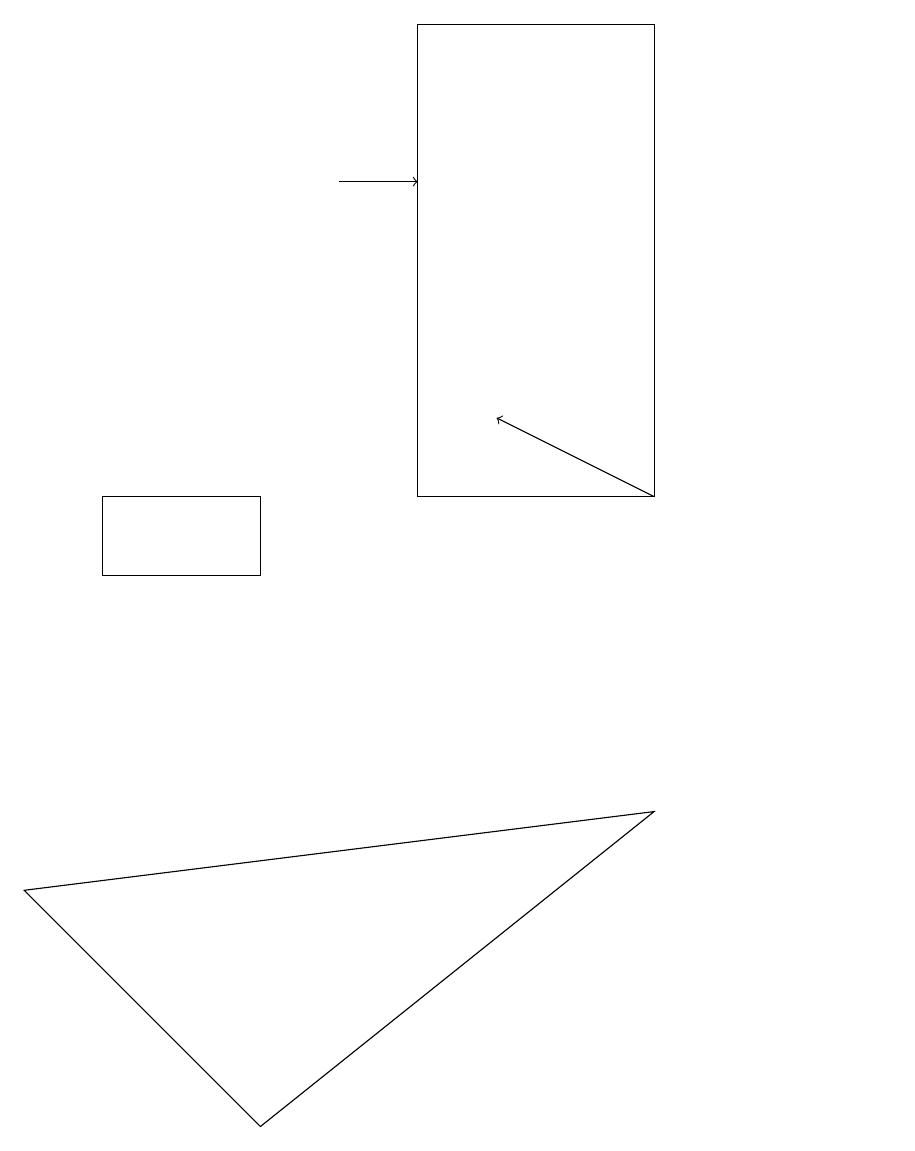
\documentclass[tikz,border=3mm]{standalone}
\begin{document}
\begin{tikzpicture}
\draw (1,7) -- (9,8) -- (4,4) -- cycle;
\draw (6,18) rectangle (9,12);
\draw[->] (5,16) -- (6,16);
\draw (2,11) rectangle (4,12);
\draw[->] (9,12) -- (7,13);
\draw (12,11) circle (0);
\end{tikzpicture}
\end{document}